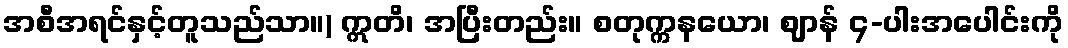
အစီအရင်နှင့်တူသည်သာ။) ဣတိ၊ အပြီးတည်း။ စတုက္ကနယော၊ ဈာန် ၄-ပါးအပေါင်းကို